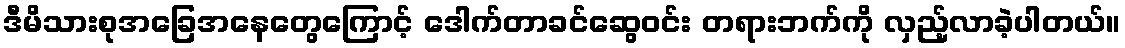
ဒီမိသားစုအခြေအနေတွေကြောင့် ဒေါက်တာခင်ဆွေဝင်း တရားဘက်ကို လှည့်လာခဲ့ပါတယ်။